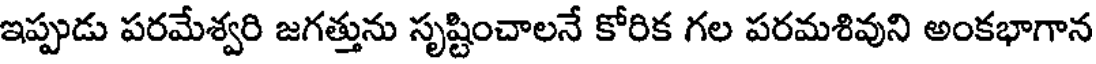
ఇప్పుడు పరమేశ్వరి జగత్తును సృష్టించాలనే కోరిక గల పరమశివుని అంకభాగాన